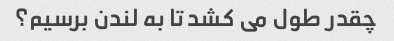
چقدر طول می کشد تا به لندن برسیم؟